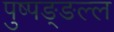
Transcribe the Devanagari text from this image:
पुष्पङ्ङल्ल